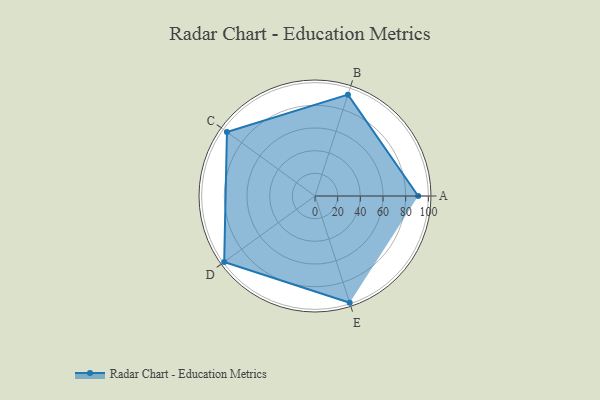
{"axis": {"x": "Skill", "y": "Score"}, "legend": ["Profile"], "data": [{"x": "A", "y": 91.0, "type": "Profile"}, {"x": "B", "y": 94.0, "type": "Profile"}, {"x": "C", "y": 96.0, "type": "Profile"}, {"x": "D", "y": 99, "type": "Profile"}, {"x": "E", "y": 99, "type": "Profile"}]}